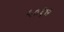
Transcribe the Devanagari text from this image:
५०१७